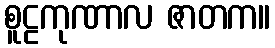
စူဠကုဏာလ ဇာတက။